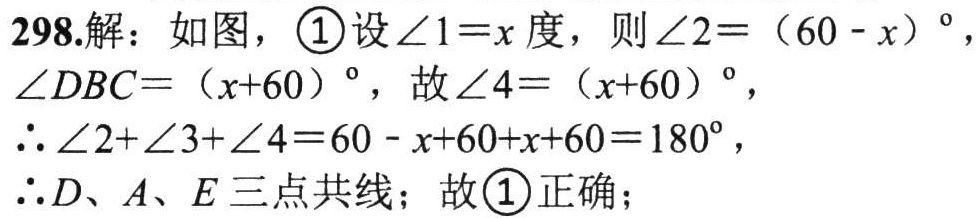
298.解：如图，\textcircled{1}设\(\angle1 = x\)度，则\(\angle2=(60 - x)^{\circ}\)，\(\angle DBC=(x + 60)^{\circ}\)，故\(\angle4=(x + 60)^{\circ}\)，
\(\therefore\angle2+\angle3+\angle4=60 - x+60+x + 60 = 180^{\circ}\)，
\(\therefore D、A、E\)三点共线；故\textcircled{1}正确；